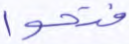
فتحوا